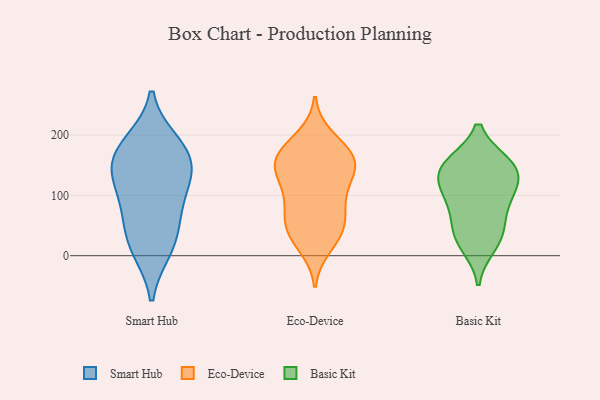
{"axis": {"x": "Humidity (%)", "y": "Value"}, "legend": ["Basic Kit", "Eco-Device", "Smart Hub"], "data": [{"x": "", "y": 183, "type": "Smart Hub"}, {"x": "", "y": 14, "type": "Smart Hub"}, {"x": "", "y": 101, "type": "Smart Hub"}, {"x": "", "y": 133, "type": "Smart Hub"}, {"x": "", "y": 10, "type": "Smart Hub"}, {"x": "", "y": 54, "type": "Smart Hub"}, {"x": "", "y": 68, "type": "Smart Hub"}, {"x": "", "y": 167, "type": "Smart Hub"}, {"x": "", "y": 188, "type": "Smart Hub"}, {"x": "", "y": 134, "type": "Smart Hub"}, {"x": "", "y": 145, "type": "Smart Hub"}, {"x": "", "y": 155, "type": "Eco-Device"}, {"x": "", "y": 158, "type": "Eco-Device"}, {"x": "", "y": 16, "type": "Eco-Device"}, {"x": "", "y": 138, "type": "Eco-Device"}, {"x": "", "y": 117, "type": "Eco-Device"}, {"x": "", "y": 31, "type": "Eco-Device"}, {"x": "", "y": 46, "type": "Eco-Device"}, {"x": "", "y": 57, "type": "Eco-Device"}, {"x": "", "y": 196, "type": "Eco-Device"}, {"x": "", "y": 88, "type": "Eco-Device"}, {"x": "", "y": 70, "type": "Eco-Device"}, {"x": "", "y": 172, "type": "Eco-Device"}, {"x": "", "y": 95, "type": "Eco-Device"}, {"x": "", "y": 169, "type": "Eco-Device"}, {"x": "", "y": 173, "type": "Eco-Device"}, {"x": "", "y": 142, "type": "Eco-Device"}, {"x": "", "y": 137, "type": "Eco-Device"}, {"x": "", "y": 41, "type": "Eco-Device"}, {"x": "", "y": 113, "type": "Basic Kit"}, {"x": "", "y": 113, "type": "Basic Kit"}, {"x": "", "y": 74, "type": "Basic Kit"}, {"x": "", "y": 38, "type": "Basic Kit"}, {"x": "", "y": 17, "type": "Basic Kit"}, {"x": "", "y": 152, "type": "Basic Kit"}, {"x": "", "y": 96, "type": "Basic Kit"}, {"x": "", "y": 147, "type": "Basic Kit"}, {"x": "", "y": 149, "type": "Basic Kit"}, {"x": "", "y": 146, "type": "Basic Kit"}, {"x": "", "y": 37, "type": "Basic Kit"}]}